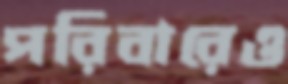
পরিবারেও